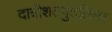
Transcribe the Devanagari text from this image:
दात्रीशतपुतलिका